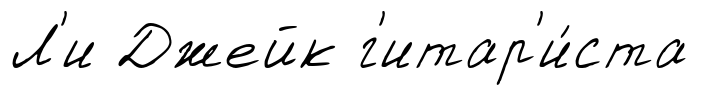
Л'и Джейк г'итар'и́ста